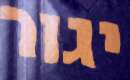
יגור